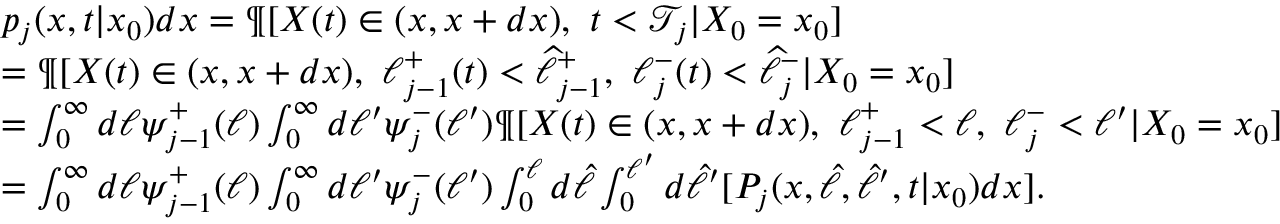
\begin{array} { r l } & { p _ { j } ( x , t | x _ { 0 } ) d x = \P [ X ( t ) \in ( x , x + d x ) , \ t < { \mathcal T } _ { j } | X _ { 0 } = x _ { 0 } ] } \\ & { = \P [ X ( t ) \in ( x , x + d x ) , \ \ell _ { j - 1 } ^ { + } ( t ) < \widehat { \ell } _ { j - 1 } ^ { + } , \ \ell _ { j } ^ { - } ( t ) < \widehat { \ell } _ { j } ^ { - } | X _ { 0 } = x _ { 0 } ] } \\ & { = \int _ { 0 } ^ { \infty } d \ell \psi _ { j - 1 } ^ { + } ( \ell ) \int _ { 0 } ^ { \infty } d \ell ^ { \prime } \psi _ { j } ^ { - } ( \ell ^ { \prime } ) \P [ X ( t ) \in ( x , x + d x ) , \ \ell _ { j - 1 } ^ { + } < \ell , \ \ell _ { j } ^ { - } < \ell ^ { \prime } | X _ { 0 } = x _ { 0 } ] } \\ & { = \int _ { 0 } ^ { \infty } d \ell \psi _ { j - 1 } ^ { + } ( \ell ) \int _ { 0 } ^ { \infty } d \ell ^ { \prime } \psi _ { j } ^ { - } ( \ell ^ { \prime } ) \int _ { 0 } ^ { \ell } d \hat { \ell } \int _ { 0 } ^ { \ell ^ { \prime } } d \hat { \ell } ^ { \prime } [ P _ { j } ( x , \hat { \ell } , \hat { \ell } ^ { \prime } , t | x _ { 0 } ) d x ] . } \end{array}